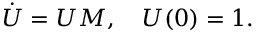
\dot { U } = U M , { \quad } U ( 0 ) = 1 .